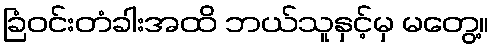
ခြံဝင်းတံခါးအထိ ဘယ်သူနှင့်မှ မတွေ့။